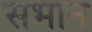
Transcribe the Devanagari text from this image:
सभान